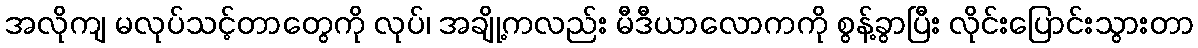
အလိုကျ မလုပ်သင့်တာတွေကို လုပ်၊ အချို့ကလည်း မီဒီယာလောကကို စွန့်ခွာပြီး လိုင်းပြောင်းသွားတာ